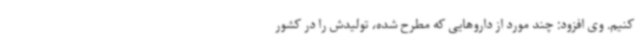
کنیم. وی افزود: چند مورد از داروهایی که مطرح شده، تولیدش را در کشور